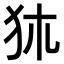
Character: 𤝂